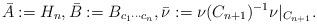
LaTeX: \begin{align*} \bar{A} := H_{n}, \bar{B} := B_{c_{1}\cdots c_{n}}, \bar{\nu} := \nu(C_{n + 1})^{-1}\nu|_{C_{n + 1}}. \end{align*}